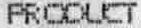
PROOUCT